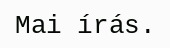
Mai írás.